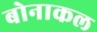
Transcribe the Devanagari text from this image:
बोनाकल